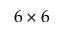
6 \times 6